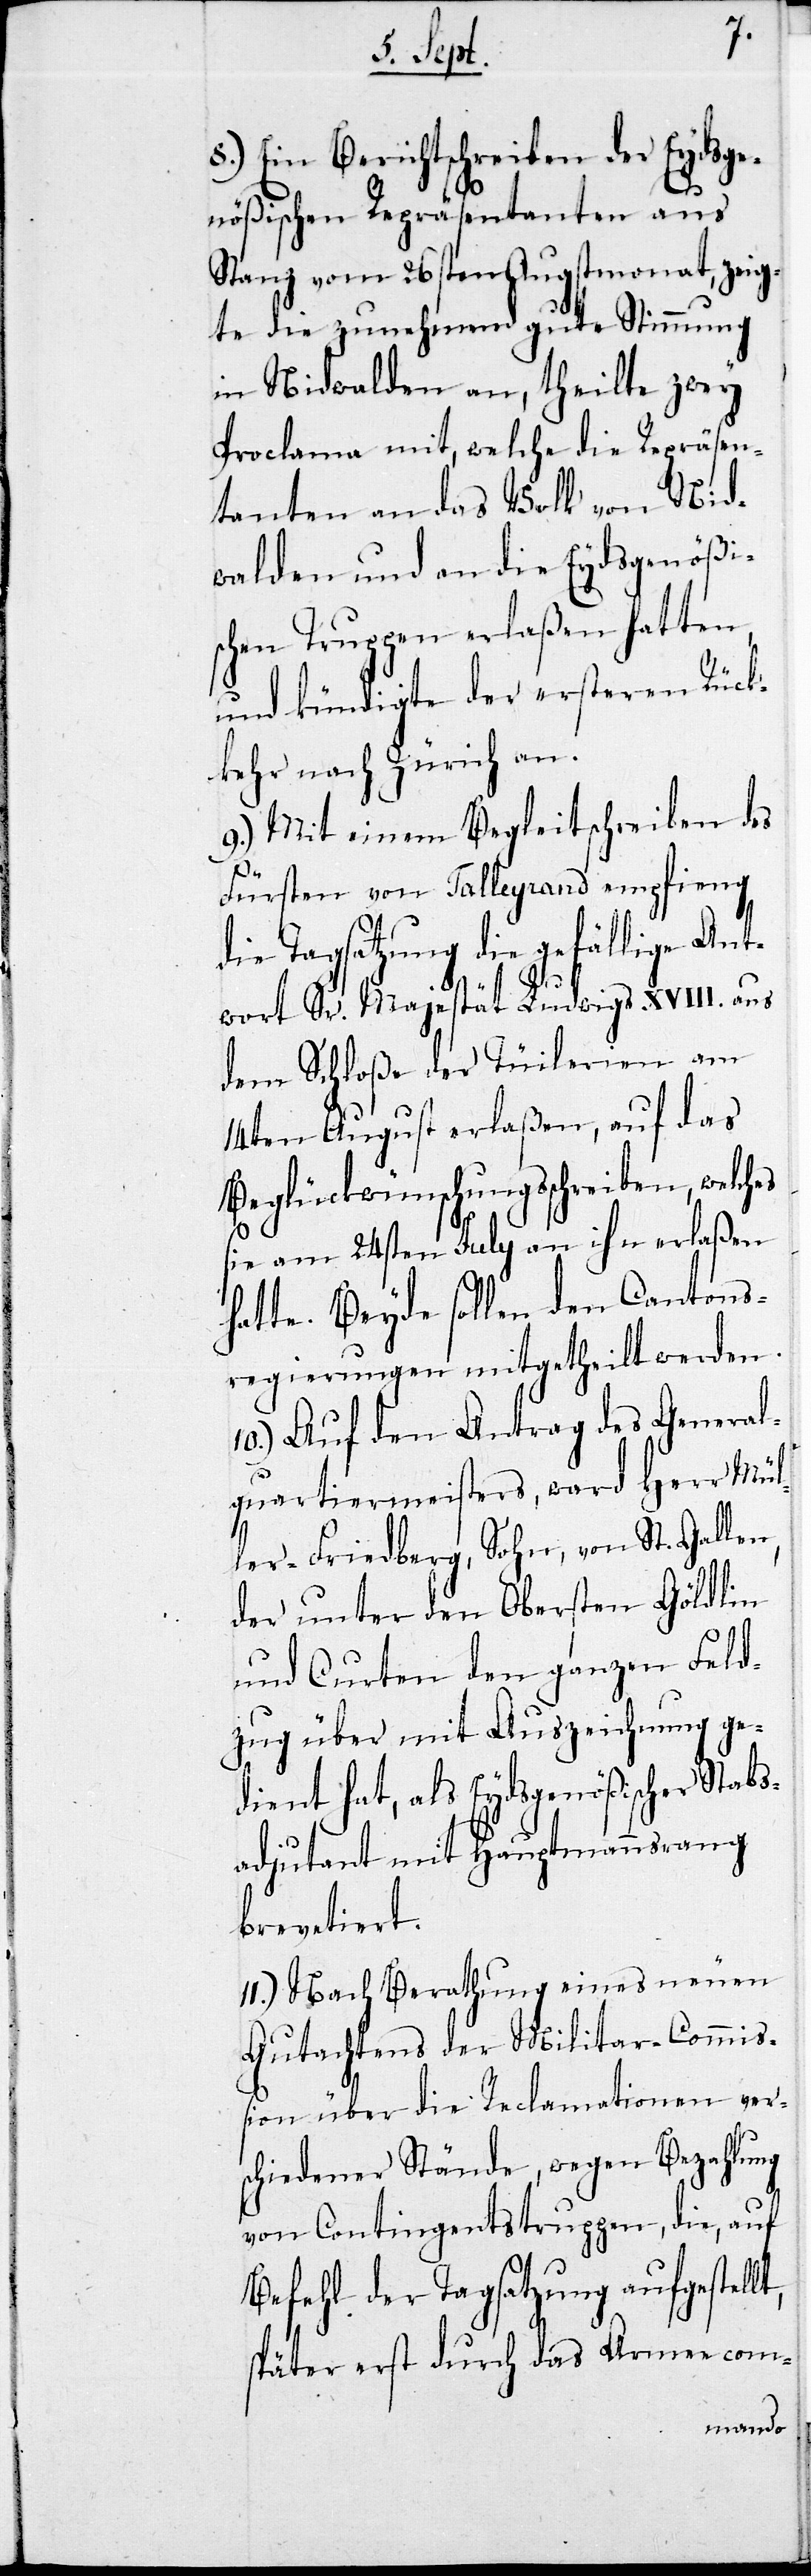
8.) Ein Berichtschreiben der Eydsge¬
nößischen Repräsentanten aus
Stanz vom 26sten Augstmonat, zeig¬
te die zunehmend gute Stimmung
in Nidwalden an, theilte zwey
Proclama mit, welche die Repräsen¬
tanten an das Volk von Nid¬
walden und an die Eydsgenößi¬
schen Truppen erlaßen hatten,
und kündigte der ersteren Rück¬
kehr nach Zürich an.
9.) Mit einem Begleitschreiben des
Fürsten von Talleyrand empfieng
die Tagsatzung die gefällige Ant¬
wort Sr. Majestät Ludwigs XVIII. aus
dem Schloße der Tüilerien am
14ten August erlaßen, auf das
Beglückwünschungsschreiben, welches
sie am 24sten July an ihn erlaßen
hatte. Beyde sollen den Cantons¬
regierungen mitgetheilt werden.
10.) Auf den Antrag des General¬
quartiermeisters, ward Herr Mül¬
ler-Friedberg, Sohn, von St. Gallen,
der unter den Obersten Göldlin
und Curten den ganzen Feld¬
zug über mit Auszeichnung ge¬
dient hat, als Eydsgenößischer Stabs¬
adjutant mit Hauptmannsrang
brevetiert.
11.) Nach Berathung eines neuen
Gutachtens der Militar-Commißi¬
on über die Reclamationen ver¬
schiedener Stände, wegen Bezahlung
von Contingentstruppen, die, auf
Befehl der Tagsatzung aufgestellt,
später erst durch das Armeecom-